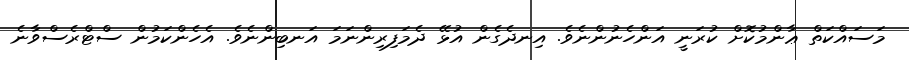
މަސައްކަތް ޢާންމުކޮށް ކުރަނީ އަންހެނުންނެވެ. އިނދެގެން އުޅޭ ދެމަފިރިންނަމަ އަނބިންނެވެ. އެހެންކަމުން ސްޓްރެސްވާނެ